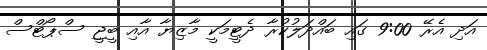
އަދި އެރޭ 9:00 ގައި ބައްދަލުކުރާ ދެޓީމަކީ މާޒިޔާ އާއި ބީޖީ ސްޕޯޓްސް